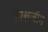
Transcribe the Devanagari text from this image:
फासजीन